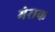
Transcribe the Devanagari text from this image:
मेराक